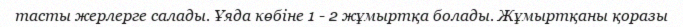
тасты жерлерге салады. Ұяда көбіне 1 - 2 жұмыртқа болады. Жұмыртқаны қоразы